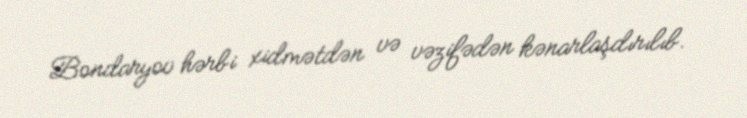
Bondaryov hərbi xidmətdən və vəzifədən kənarlaşdırılıb.